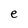
Character: e